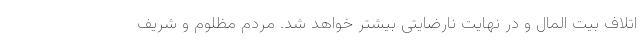
اتلاف بیت المال و در نهایت نارضایتی بیشتر خواهد شد. مردم مظلوم و شریف